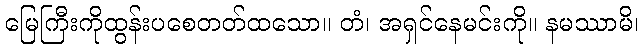
မြေကြီးကိုထွန်းပစေတတ်ထသော။ တံ၊ အရှင်နေမင်းကို။ နမဿာမိ၊